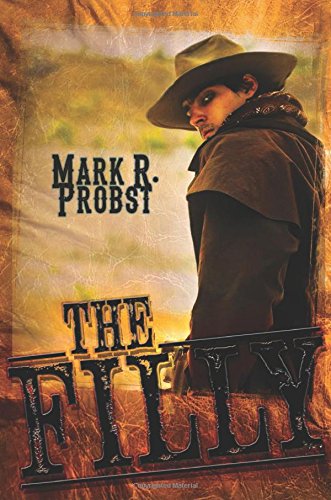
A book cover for The Filly; Mark R. Probst; Teen & Young Adult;